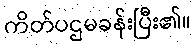
ကိတ်ပဌမခန်းပြီး၏။